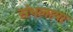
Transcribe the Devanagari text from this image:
संभलाया